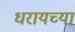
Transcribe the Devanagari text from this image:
धरायच्या